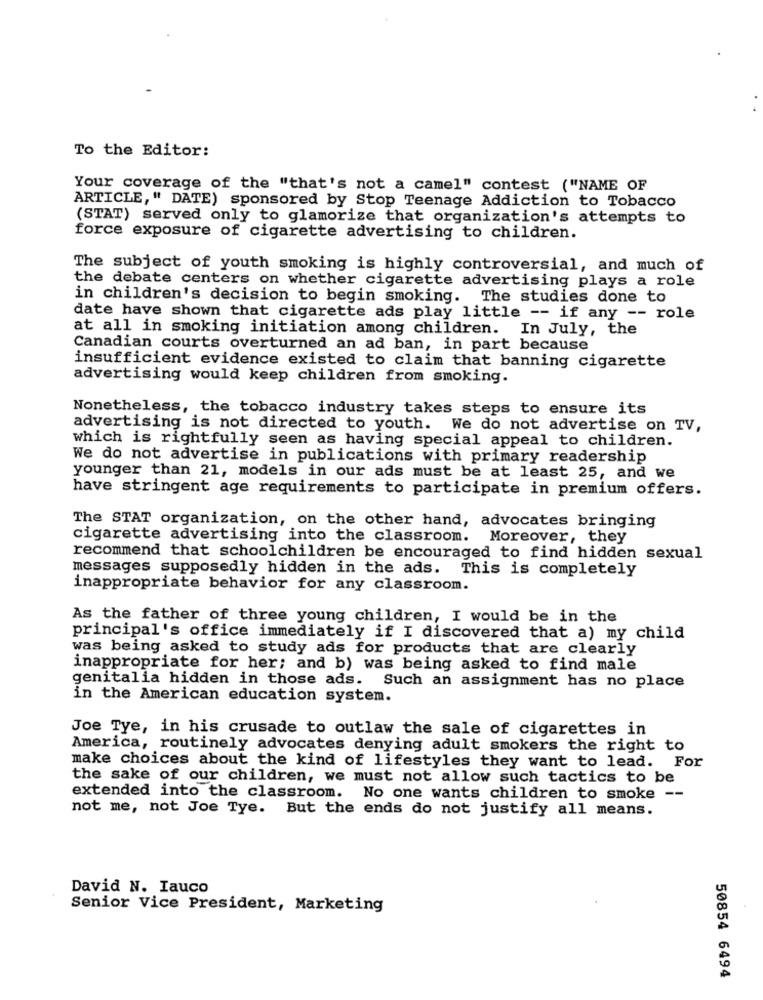
To the Editor:
Your coverage of the "that's not a camel" contest ("NAME OF
ARTICLE," DATE) sponsored by Stop Teenage Addiction to Tobacco
(STAT) served only to glamorize that organization's attempts to
force exposure of cigarette advertising to children.
The subject of youth smoking is highly controversial, and much of
the debate centers on whether cigarette advertising plays a role
in children's decision to begin smoking. The studies done to
date have shown that cigarette ads play little -- if any -- role
at all in smoking initiation among children. In July, the
Canadian courts overturned an ad ban, in part because
insufficient evidence existed to claim that banning cigarette
advertising would keep children from smoking.
Nonetheless, the tobacco industry takes steps to ensure its
advertising is not directed to youth. We do not advertise on TV,
which is rightfully seen as having special appeal to children.
We do not advertise in publications with primary readership
younger than 21, models in our ads must be at least 25, and we
have stringent age requirements to participate in premium offers.
The STAT organization, on the other hand, advocates bringing
cigarette advertising into the classroom.
Moreover, they
recommend that schoolchildren be encouraged to find hidden sexual
messages supposedly hidden in the ads. This is completely
inappropriate behavior for any classroom.
As the father of three young children, I would be in the
principal's office immediately if I discovered that a) my child
was being asked to study ads for products that are clearly
inappropriate for her; and b) was being asked to find male
genitalia hidden in those ads.
Such an assignment has no place
in the American education system.
Joe Tye, in his crusade to outlaw the sale of cigarettes in
America, routinely advocates denying adult smokers the right to
make choices about the kind of lifestyles they want to lead. For
the sake of our children, we must not allow such tactics to be
extended into the classroom. No one wants children to smoke --
not me, not Joe Tye. But the ends do not justify all means.
David N. Iauco
Senior Vice President, Marketing
50854 6494